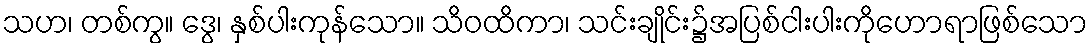
သဟ၊ တစ်ကွ။ ဒွေ၊ နှစ်ပါးကုန်သော။ သိဝထိကာ၊ သင်းချိုင်း၌အပြစ်ငါးပါးကိုဟောရာဖြစ်သော